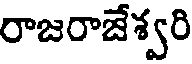
రాజరాజేశ్వరి